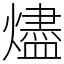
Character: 燼